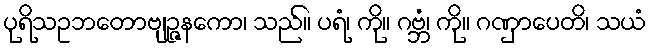
ပုရိသဥဘတောဗျဉ္ဇနကော၊ သည်။ ပရံ၊ ကို။ ဂဗ္ဘံ၊ ကို။ ဂဏှာပေတိ၊ သယံ